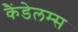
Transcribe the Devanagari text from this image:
कैंडेलम्स